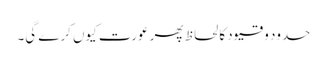
حدود و قیود کا لحاظ پھر عورت کیوں کرے گی۔